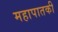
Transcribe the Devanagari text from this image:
महापातकी